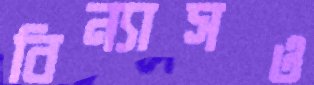
বিন্যাসও